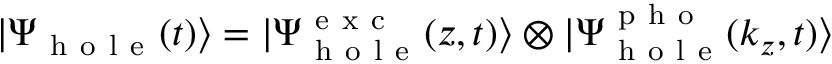
| \Psi _ { \mathrm { ~ h ~ o ~ l ~ e ~ } } ( t ) \rangle = | \Psi _ { \mathrm { ~ h ~ o ~ l ~ e ~ } } ^ { \mathrm { ~ e ~ x ~ c ~ } } ( z , t ) \rangle \otimes | \Psi _ { \mathrm { ~ h ~ o ~ l ~ e ~ } } ^ { \mathrm { ~ p ~ h ~ o ~ } } ( k _ { z } , t ) \rangle